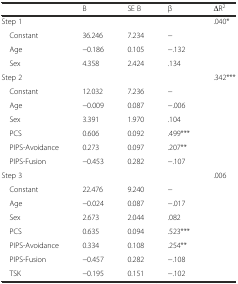
<table><thead><tr><td></td><td><b>B</b></td><td><b>SE B</b></td><td><b>β</b></td><td><b>ΔR<sup>2</sup></b></td></tr></thead><tbody><tr><td>Step 1</td><td></td><td></td><td></td><td>.040*</td></tr><tr><td> Constant</td><td>36.246</td><td>7.234</td><td>−</td><td></td></tr><tr><td> Age</td><td>−0.186</td><td>0.105</td><td>−.132</td><td></td></tr><tr><td> Sex</td><td>4.358</td><td>2.424</td><td>.134</td><td></td></tr><tr><td>Step 2</td><td></td><td></td><td></td><td>.342***</td></tr><tr><td> Constant</td><td>12.032</td><td>7.236</td><td>−</td><td></td></tr><tr><td> Age</td><td>−0.009</td><td>0.087</td><td>−.006</td><td></td></tr><tr><td> Sex</td><td>3.391</td><td>1.970</td><td>.104</td><td></td></tr><tr><td> PCS</td><td>0.606</td><td>0.092</td><td>.499***</td><td></td></tr><tr><td> PIPS-Avoidance</td><td>0.273</td><td>0.097</td><td>.207**</td><td></td></tr><tr><td> PIPS-Fusion</td><td>−0.453</td><td>0.282</td><td>−.107</td><td></td></tr><tr><td>Step 3</td><td></td><td></td><td></td><td>.006</td></tr><tr><td> Constant</td><td>22.476</td><td>9.240</td><td>−</td><td></td></tr><tr><td> Age</td><td>−0.024</td><td>0.087</td><td>−.017</td><td></td></tr><tr><td> Sex</td><td>2.673</td><td>2.044</td><td>.082</td><td></td></tr><tr><td> PCS</td><td>0.635</td><td>0.094</td><td>.523***</td><td></td></tr><tr><td> PIPS-Avoidance</td><td>0.334</td><td>0.108</td><td>.254**</td><td></td></tr><tr><td> PIPS-Fusion</td><td>−0.457</td><td>0.282</td><td>−.108</td><td></td></tr><tr><td> TSK</td><td>−0.195</td><td>0.151</td><td>−.102</td><td></td></tr></tbody></table>